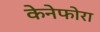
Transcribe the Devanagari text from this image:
केनेफोरा